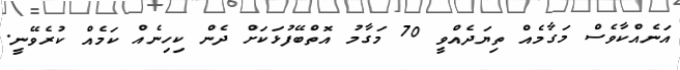
އަނެއްކާވެސް މަގާމެއް ތިޔަދެއްވީ 70 މަގާމު އޮތްބޭފުޅަކަށް ދެން ކިހިނެއް ކަމެއް ކުރެވޭނީ.